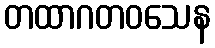
တထာဂတဝသေန